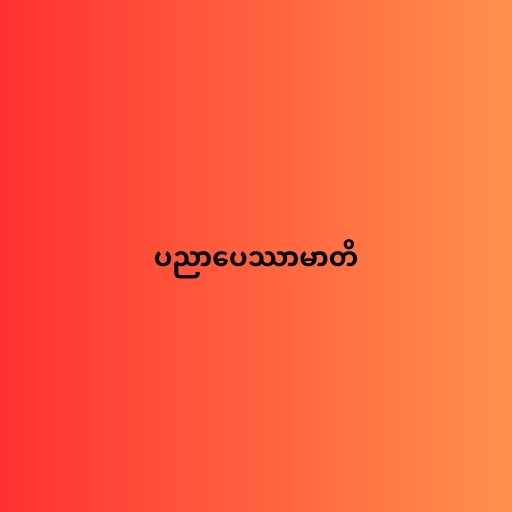
ပညာပေဿာမာတိ